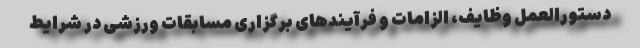
دستورالعمل وظایف، الزامات و فرآیندهای برگزاری مسابقات ورزشی در شرایط